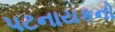
પટનાયકનો